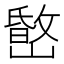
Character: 𡼐